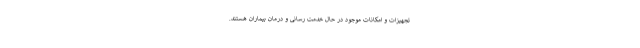
تجهیزات و امکانات موجود در حال خدمت رسانی و درمان بیماران هستند.